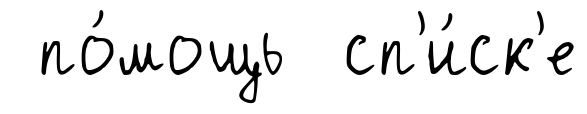
по́мощь сп'и́ск'е